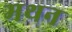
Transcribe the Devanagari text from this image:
मथन